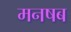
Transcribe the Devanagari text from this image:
मनषब